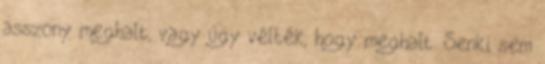
asszony meghalt, vagy úgy vélték, hogy meghalt. Senki sem